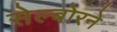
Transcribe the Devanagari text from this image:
सेल्बोरने